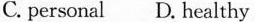
C. personal D. Healthy